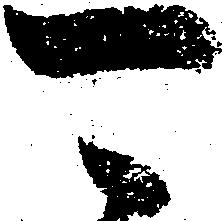
可